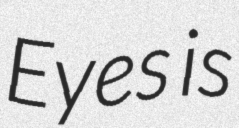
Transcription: Eyes is